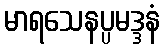
မာရသေနပ္ပမဒ္ဒနံ